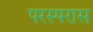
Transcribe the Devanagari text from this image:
परस्परास